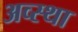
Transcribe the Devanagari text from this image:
अव्स्था